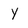
Character: Y